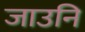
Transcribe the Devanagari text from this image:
जाउनि